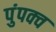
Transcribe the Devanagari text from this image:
पुंपक्व